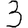
Digit: 3